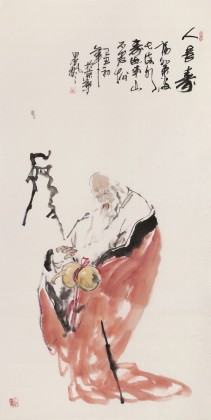
太平之世多长寿人。